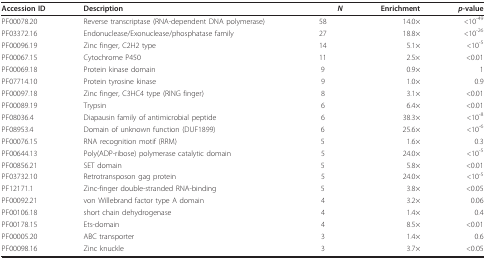
<table><thead><tr><td><b>Accession ID</b></td><td><b>Description</b></td><td><b><i>N</i></b></td><td><b>Enrichment</b></td><td><b><i>p</i>-value</b></td></tr></thead><tbody><tr><td>PF00078.20</td><td>Reverse transcriptase (RNA-dependent DNA polymerase)</td><td>58</td><td>14.0×</td><td><i>&lt;</i>10<sup>-49</sup></td></tr><tr><td>PF03372.16</td><td>Endonuclease/Exonuclease/phosphatase family</td><td>27</td><td>18.8×</td><td><i>&lt;</i>10<sup>-26</sup></td></tr><tr><td>PF00096.19</td><td>Zinc finger, C2H2 type</td><td>14</td><td>5.1×</td><td><i>&lt;</i>10<sup>-5</sup></td></tr><tr><td>PF00067.15</td><td>Cytochrome P450</td><td>11</td><td>2.5×</td><td><i>&lt;</i>0.01</td></tr><tr><td>PF00069.18</td><td>Protein kinase domain</td><td>9</td><td>0.9×</td><td>1</td></tr><tr><td>PF07714.10</td><td>Protein tyrosine kinase</td><td>9</td><td>1.0×</td><td>0.9</td></tr><tr><td>PF00097.18</td><td>Zinc finger, C3HC4 type (RING finger)</td><td>8</td><td>3.1×</td><td><i>&lt;</i>0.01</td></tr><tr><td>PF00089.19</td><td>Trypsin</td><td>6</td><td>6.4×</td><td><i>&lt;</i>0.01</td></tr><tr><td>PF08036.4</td><td>Diapausin family of antimicrobial peptide</td><td>6</td><td>38.3×</td><td><i>&lt;</i>10<sup>-8</sup></td></tr><tr><td>PF08953.4</td><td>Domain of unknown function (DUF1899)</td><td>6</td><td>25.6×</td><td><i>&lt;</i>10<sup>-6</sup></td></tr><tr><td>PF00076.15</td><td>RNA recognition motif (RRM)</td><td>5</td><td>1.6×</td><td>0.3</td></tr><tr><td>PF00644.13</td><td>Poly(ADP-ribose) polymerase catalytic domain</td><td>5</td><td>24.0×</td><td><i>&lt;</i>10<sup>-5</sup></td></tr><tr><td>PF00856.21</td><td>SET domain</td><td>5</td><td>5.8×</td><td><i>&lt;</i>0.01</td></tr><tr><td>PF03732.10</td><td>Retrotransposon gag protein</td><td>5</td><td>24.0×</td><td><i>&lt;</i>10<sup>-5</sup></td></tr><tr><td>PF12171.1</td><td>Zinc-finger double-stranded RNA-binding</td><td>5</td><td>3.8×</td><td><i>&lt;</i>0.05</td></tr><tr><td>PF00092.21</td><td>von Willebrand factor type A domain</td><td>4</td><td>3.2×</td><td>0.06</td></tr><tr><td>PF00106.18</td><td>short chain dehydrogenase</td><td>4</td><td>1.4×</td><td>0.4</td></tr><tr><td>PF00178.15</td><td>Ets-domain</td><td>4</td><td>8.5×</td><td><i>&lt;</i>0.01</td></tr><tr><td>PF00005.20</td><td>ABC transporter</td><td>3</td><td>1.4×</td><td>0.6</td></tr><tr><td>PF00098.16</td><td>Zinc knuckle</td><td>3</td><td>3.7×</td><td><i>&lt;</i>0.05</td></tr></tbody></table>